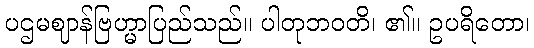
ပဌမဈာန်ဗြဟ္မာပြည်သည်။ ပါတုဘဝတိ၊ ၏။ ဥပရိတော၊